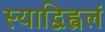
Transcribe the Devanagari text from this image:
स्याद्विह्वलं